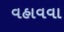
વહાવવા